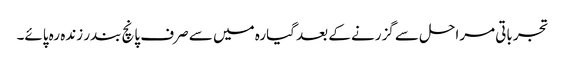
تجرباتی مراحل سے گزرنے کے بعد گیارہ میں سے صرف پانچ بندر زندہ رہ پائے۔